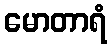
မောတာရံ